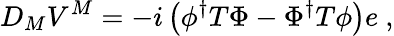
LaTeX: D_{M}V^{M}=-i\left(\phi^{\dagger}T\Phi-\Phi^{\dagger}T\phi\right)e~,